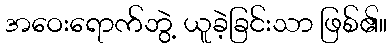
အဝေးရောက်ဘွဲ့ ယူခဲ့ခြင်းသာ ဖြစ်၏။